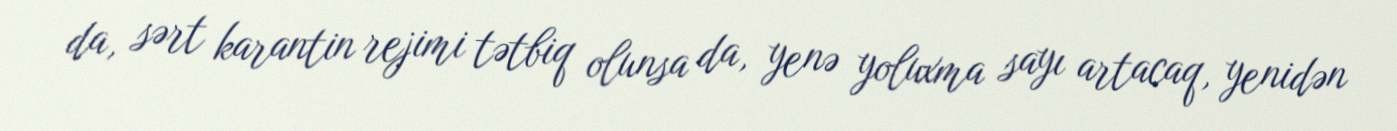
da, sərt karantin rejimi tətbiq olunsa da, yenə yoluxma sayı artacaq, yenidən